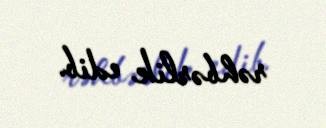
rəhbərlik edib.